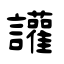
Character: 讙